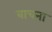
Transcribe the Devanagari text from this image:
बाचना